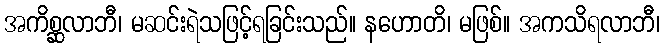
အကိစ္ဆလာဘီ၊ မဆင်းရဲသဖြင့်ရခြင်းသည်။ နဟောတိ၊ မဖြစ်။ အကသိရလာဘီ၊